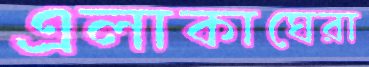
এলাকাঘেরা